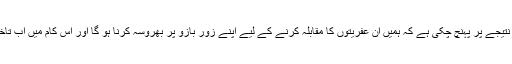
اب ہماری حکومت اورفوج اس نتیجے پر پہنچ چکی ہے کہ ہمیں ان عفریتوں کا مقابلہ کرنے کے لیے اپنے زور بازو پر بھروسہ کرنا ہو گا اور اس کام میں اب تاخیر کی گنجائش ہرگز نہیں ہے ۔